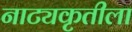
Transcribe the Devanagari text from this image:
नाट्यकृतीला